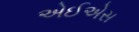
એઈએસ